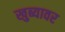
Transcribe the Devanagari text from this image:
खुब्यावर